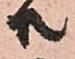
共